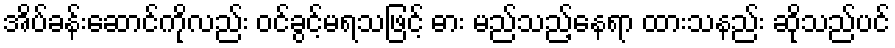
အိပ်ခန်းဆောင်ကိုလည်း ဝင်ခွင့်မရသဖြင့် ဓား မည်သည့်နေရာ ထားသနည်း ဆိုသည်ပင်